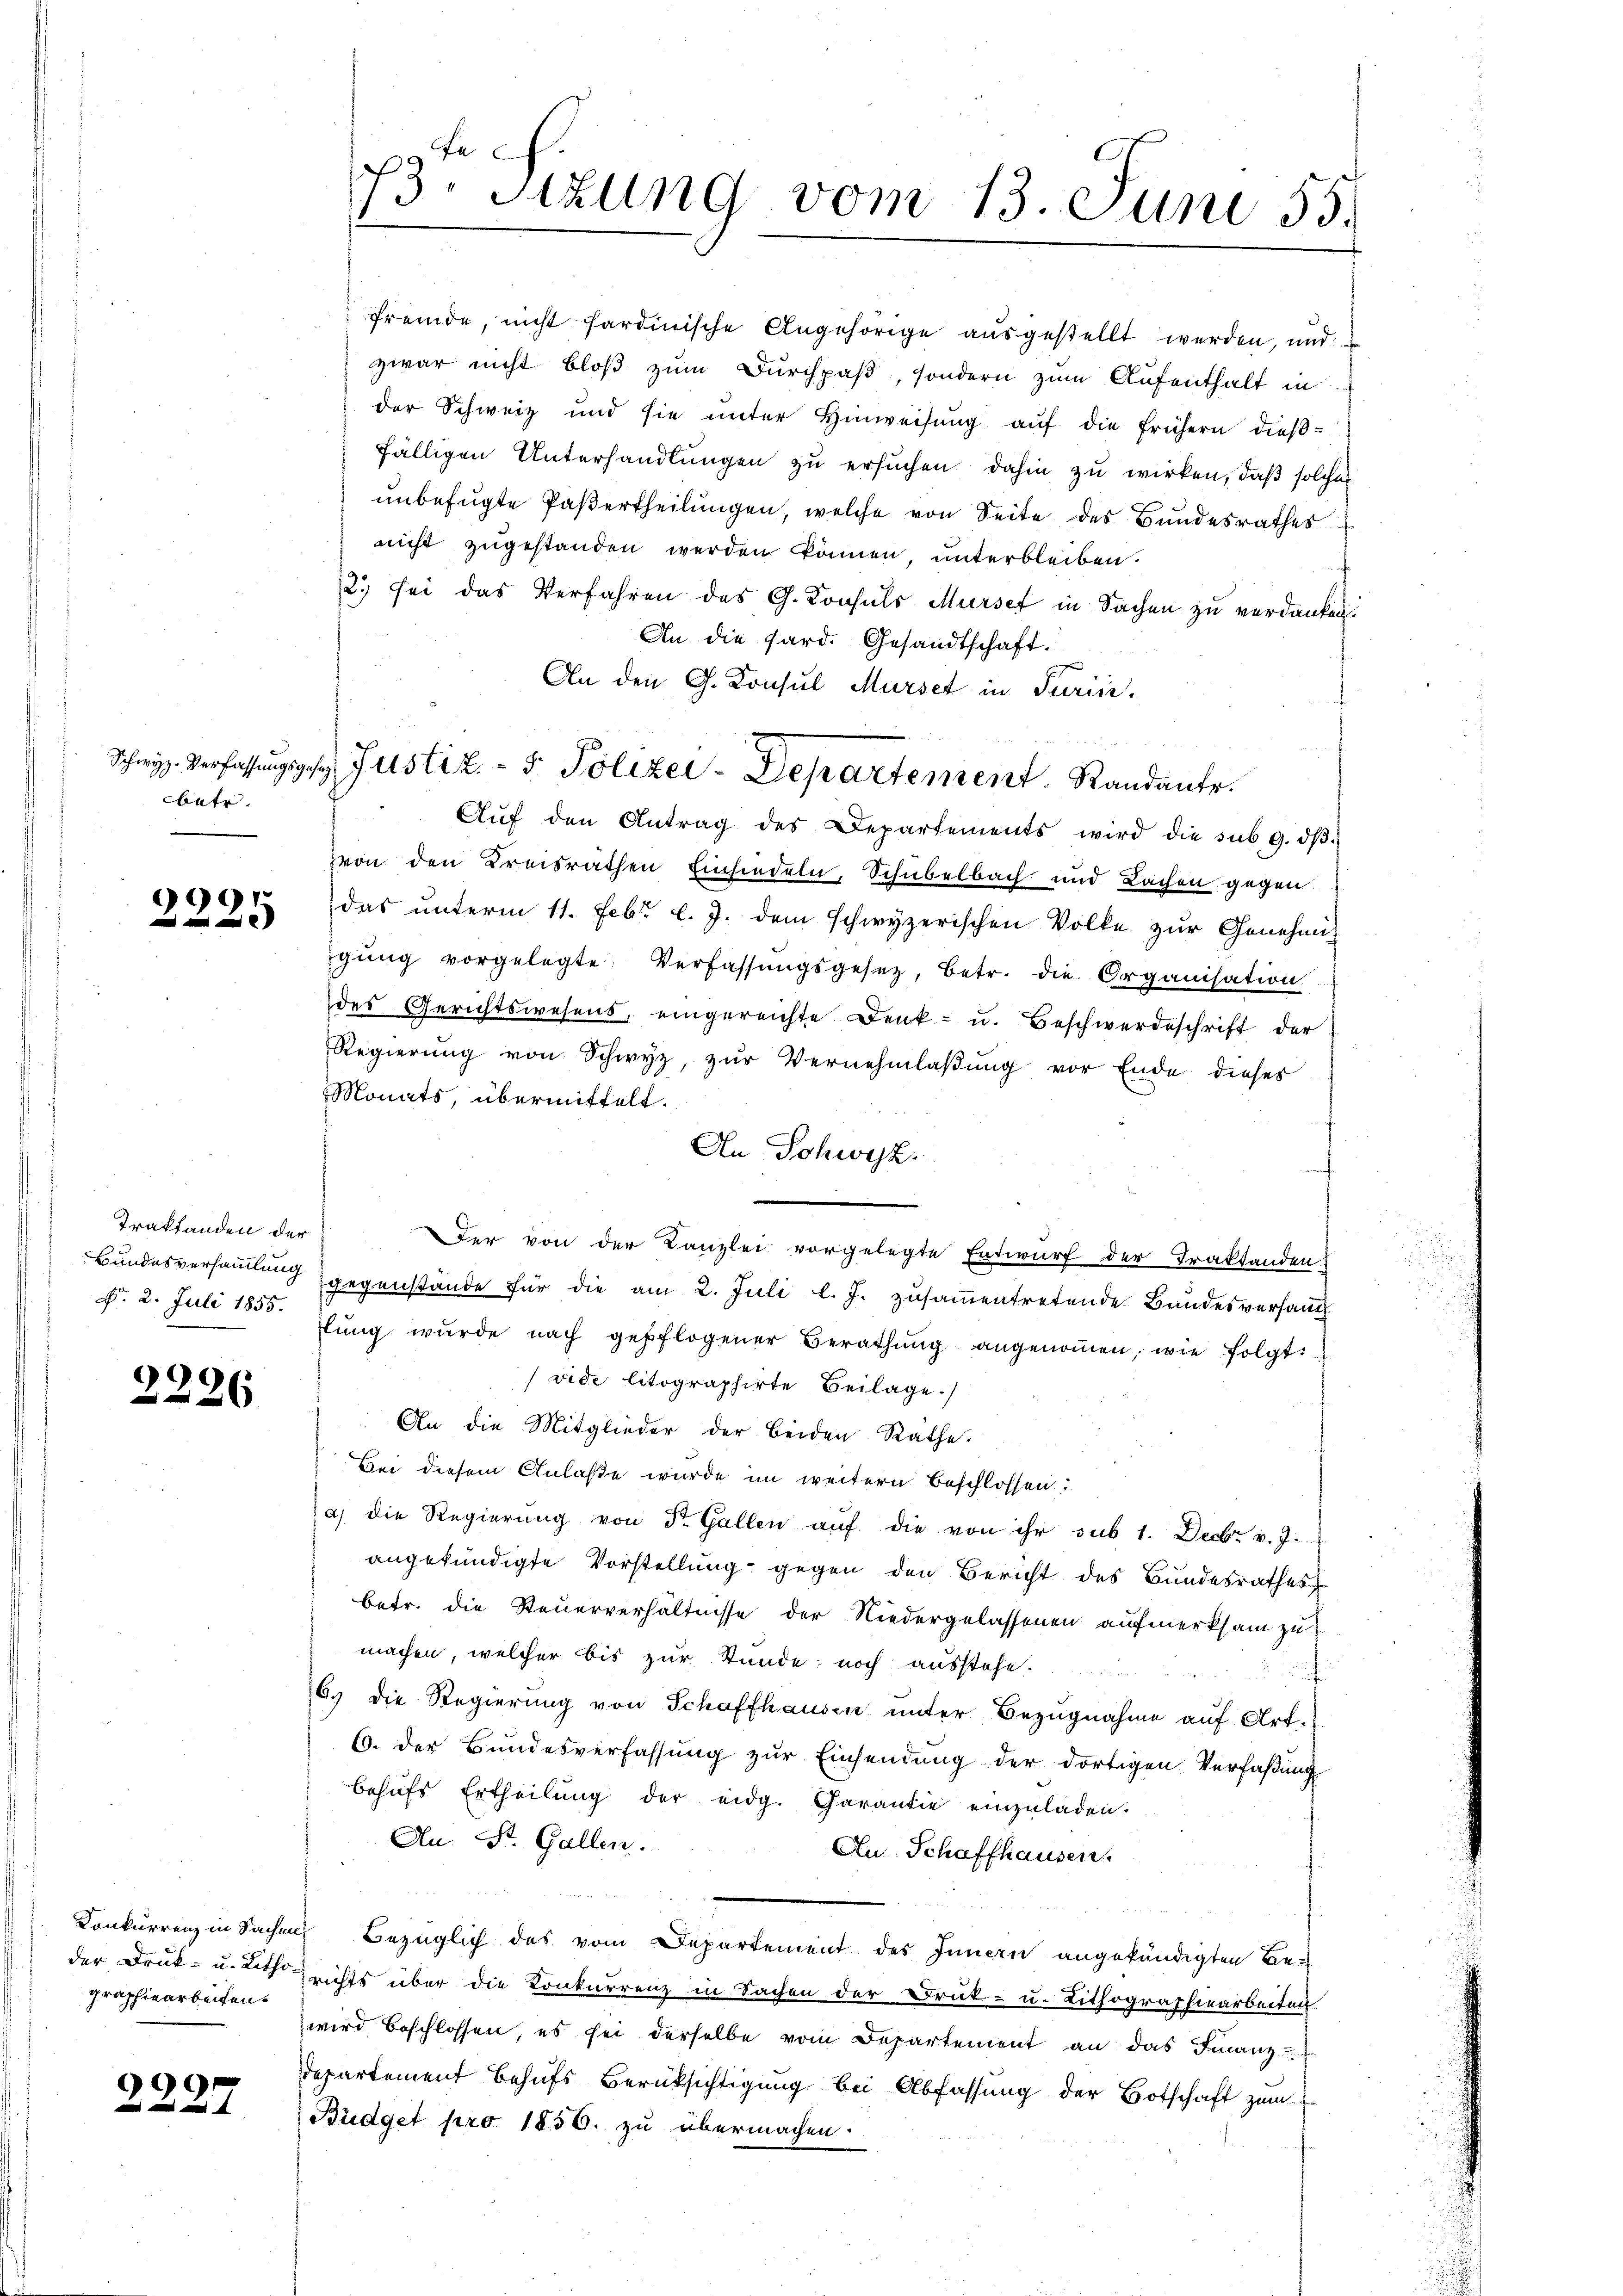
batr.

9991

Traktanden der
d. 2. Juli 1855.

e
2

der Druk- u. Litho-
graphiearbeiten.

99

73. Sitzung vom 13. Juni 55.

fremde, nicht hardinische Angehörige ausgestellt werden, und
zwar nicht bloß zum Durchpaß, sondern zum Aufenthalt in
der Schweiz und sie unter Hinweisung auf die frühern dießfälligen Unterhandlungen zu ersuchen dahin zu wirken, daß solches
unbefugte Paßertheilungen, welche von Seite des Bundesrathes
nicht zugestanden werden können, unterbleiben.
2.) sei das Verfahren des G. Konsuls Murse in Sachen zu verdanken.
An die Sard. Gesandtschaft.
An den G. Konsul Mürset in Parii.
Aŭf den Antrag des Departements wird die sub 9. dβ
von den Kreisräthen Einsiedeln, Schubelbach und Lachen gegen
das unterm 11. Febr. l. J. dem schwyzerischen Volke zur Genehmi-
gŭng vorgelegte Verfassŭngsgesetz, betr. die Organisation
des Gerichtswesens, eingereichte Denk- u. Beschwerdeschrift der
Regierung von Schwyz, zur Vernehmlaßung vor Ende dieses
Monats, übermittelt.
An Schwyz.
Der von der Kanzlei vorgelegte Entwurf der Traktanden
Bundesversamlung gegenstande für die am 2. Juli l. J. zusammentretende Bundesversand
lŭng wurde nach gepflogener Berathŭng angenoṁen, wie folgt:
vide litographirte Beilage.)
An die Mitglieder der beiden Räthe.
Bei diesem Anlaße wurde im weitern Beschlossen:
a) die Regierung von Dr. Gallen auf die von ihr sub 1. Decbr v. J.
angekündigte Vorstellung gegen den Bericht des Bundesrathes
betr. die Steuerverhältnisse der Niedergelassenen aufmerksam zu
machen, welcher bis zur Stunde noch ausstehe.
6. die Regierung von Schaffhausen unter Bezugnahme auf Art.
6. der Bundesverfassung zur Einsendung der dortigen Verfaßung
behufs Ertheilung der eidg. Garantie einzuladen.
An St. Gallen.
Au Schaffhausen
Konkurrenz in Sachen Bezüglich des vom Departement des Innern angekündigten Berichts über die Konkurrenz in Sachen der Druk- u. Lithographiearbeiten
wird beschlossen, es sei derselbe vom Departement an das Finanz-
Departement behufs Berüksichtigung bei Abfassung der Botschaft zum
Büdget pro 1856. zu übermachen.

Schweiz. Verfassŭngsgehe Justiz- & Polizei-Departement. Standante.